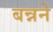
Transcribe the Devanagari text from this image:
बन्नने